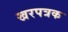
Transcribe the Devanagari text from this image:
खरपत्रक